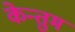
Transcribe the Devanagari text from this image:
केन्तुम